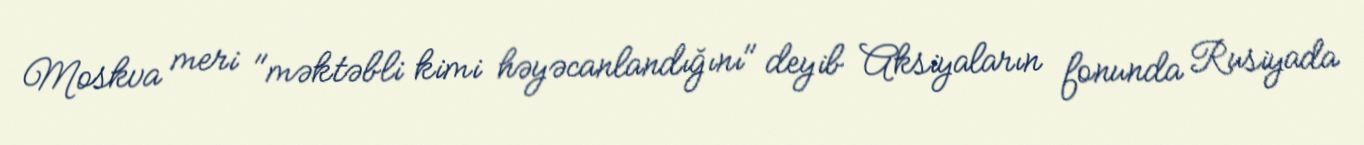
Moskva meri "məktəbli kimi həyəcanlandığını" deyib Aksiyaların fonunda Rusiyada